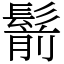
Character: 鬋